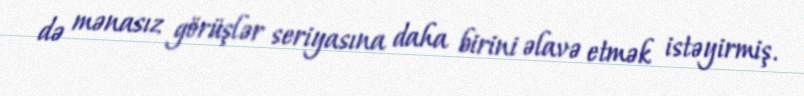
də mənasız görüşlər seriyasına daha birini əlavə etmək istəyirmiş.